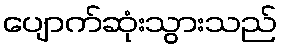
ပျောက်ဆုံးသွားသည်